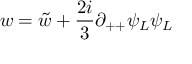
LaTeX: w = \tilde { w } + { \frac { 2 i } { 3 } } \partial _ { + + } \psi _ { L } \psi _ { L }